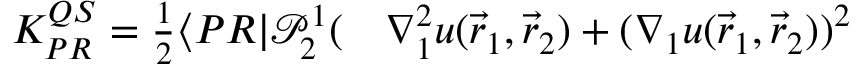
\begin{array} { r l } { K _ { P R } ^ { Q S } = \frac { 1 } { 2 } \langle { P R } | \mathcal P _ { 2 } ^ { 1 } ( } & { { } \nabla _ { 1 } ^ { 2 } u ( \vec { r } _ { 1 } , \vec { r } _ { 2 } ) + ( \nabla _ { 1 } u ( \vec { r } _ { 1 } , \vec { r } _ { 2 } ) ) ^ { 2 } } \end{array}